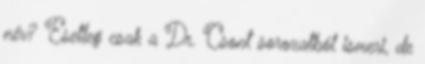
név? Esetleg csak a Dr. Csont sorozatból ismeri, de